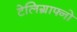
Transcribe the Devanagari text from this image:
टेलिग्राफ्नो